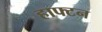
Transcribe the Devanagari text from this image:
हाफ्टन